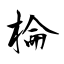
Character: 棆